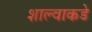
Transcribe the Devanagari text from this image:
शाल्वाकडे